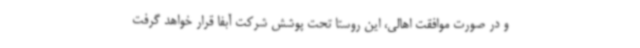
و در صورت موافقت اهالی، این روستا تحت پوشش شرکت آبفا قرار خواهد گرفت